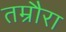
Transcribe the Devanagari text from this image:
तम्रौरा